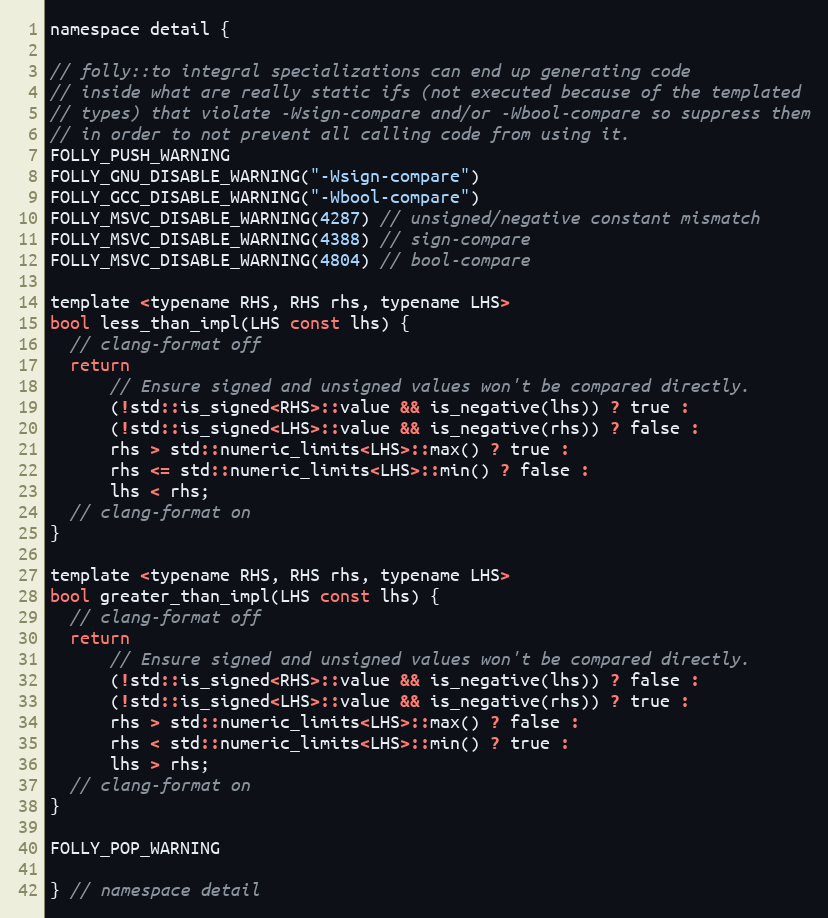
Language: C
namespace detail {

// folly::to integral specializations can end up generating code
// inside what are really static ifs (not executed because of the templated
// types) that violate -Wsign-compare and/or -Wbool-compare so suppress them
// in order to not prevent all calling code from using it.
FOLLY_PUSH_WARNING
FOLLY_GNU_DISABLE_WARNING("-Wsign-compare")
FOLLY_GCC_DISABLE_WARNING("-Wbool-compare")
FOLLY_MSVC_DISABLE_WARNING(4287) // unsigned/negative constant mismatch
FOLLY_MSVC_DISABLE_WARNING(4388) // sign-compare
FOLLY_MSVC_DISABLE_WARNING(4804) // bool-compare

template <typename RHS, RHS rhs, typename LHS>
bool less_than_impl(LHS const lhs) {
  // clang-format off
  return
      // Ensure signed and unsigned values won't be compared directly.
      (!std::is_signed<RHS>::value && is_negative(lhs)) ? true :
      (!std::is_signed<LHS>::value && is_negative(rhs)) ? false :
      rhs > std::numeric_limits<LHS>::max() ? true :
      rhs <= std::numeric_limits<LHS>::min() ? false :
      lhs < rhs;
  // clang-format on
}

template <typename RHS, RHS rhs, typename LHS>
bool greater_than_impl(LHS const lhs) {
  // clang-format off
  return
      // Ensure signed and unsigned values won't be compared directly.
      (!std::is_signed<RHS>::value && is_negative(lhs)) ? false :
      (!std::is_signed<LHS>::value && is_negative(rhs)) ? true :
      rhs > std::numeric_limits<LHS>::max() ? false :
      rhs < std::numeric_limits<LHS>::min() ? true :
      lhs > rhs;
  // clang-format on
}

FOLLY_POP_WARNING

} // namespace detail